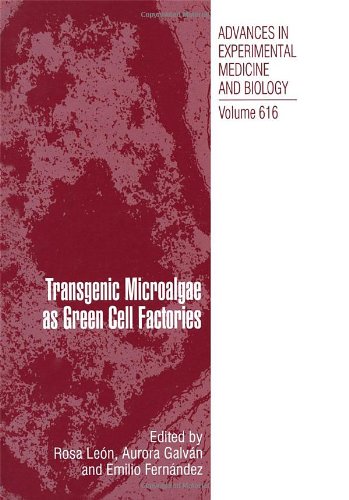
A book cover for Transgenic Microalgae as Green Cell Factories (Advances in Experimental Medicine and Biology); Medical Books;